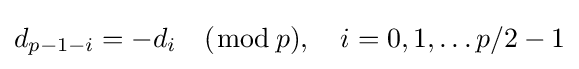
d_{p-1-i}=-d_{i}\quad ({\bmod {\,}}p),\quad i=0,1,\ldots p/2-1